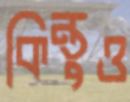
কিন্তুও